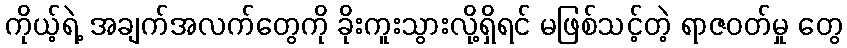
ကိုယ့်ရဲ့ အချက်အလက်တွေကို ခိုးကူးသွားလို့ရှိရင် မဖြစ်သင့်တဲ့ ရာဇဝတ်မှု တွေ